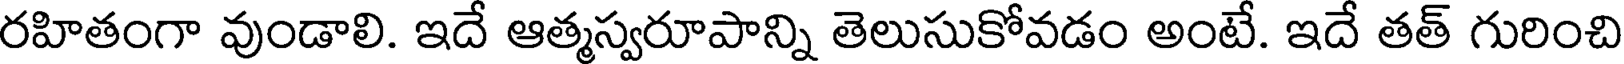
రహితంగా వుండాలి. ఇదే ఆత్మస్వరూపాన్ని తెలుసుకోవడం అంటే. ఇదే తత్ గురించి